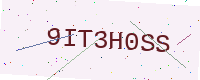
Text: 9IT3H0SS